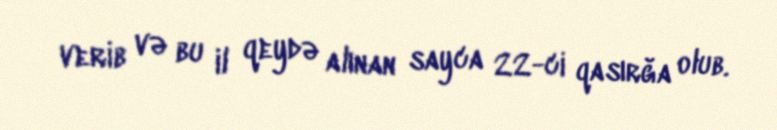
verib və bu il qeydə alınan sayca 22-ci qasırğa olub.